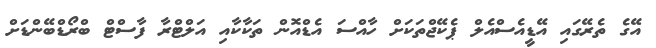
އޭގެ ތެރޭގައި އޭޑީއެސްއެލް ޕެކޭޖްތަކަށް ހާއްސަ އެޑްއޮން ތަކާކާއި އަލްޓްރާ ފާސްޓް ބްރޯޑްބޭންޑަށް